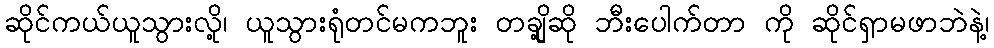
ဆိုင်ကယ်ယူသွားလို့၊ ယူသွားရုံတင်မကဘူး တချို့ဆို ဘီးပေါက်တာ ကို ဆိုင်ရှာမဖာဘဲနဲ့၊